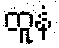
ထူနံ